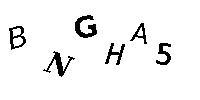
BNGHA5